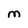
Character: M